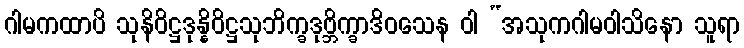
ဂါမကထာပိ သုနိဝိဋ္ဌဒုန္နိဝိဋ္ဌသုဘိက္ခဒုဗ္ဘိက္ခာဒိဝသေန ဝါ “အသုကဂါမဝါသိနော သူရာ